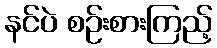
နင်ပဲ စဉ်းစားကြည့်